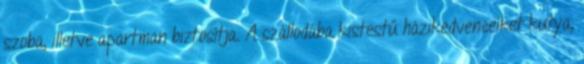
szoba, illetve apartman biztosítja. A szállodába kistestű házikedvenceiket kutya,